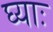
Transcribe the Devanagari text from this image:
घ्‍याः